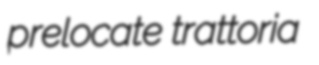
prelocate trattoria